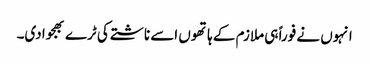
انہوں نے فوراً ہی ملازم کے ہاتھوں اسے ناشتے کی ٹرے بھجوادی۔